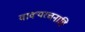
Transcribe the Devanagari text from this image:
वाक्यरचनाहि